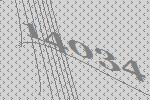
14034